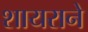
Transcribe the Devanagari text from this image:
शायराने